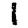
Digit: 1